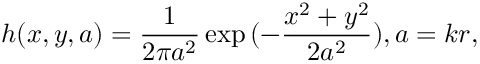
h ( x , y , a ) = \frac { 1 } { 2 \pi a ^ { 2 } } \exp { ( { - \frac { x ^ { 2 } + y ^ { 2 } } { 2 a ^ { 2 } } } ) } , a = k r ,